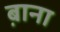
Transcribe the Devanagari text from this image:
ब़ाना